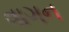
વાગન